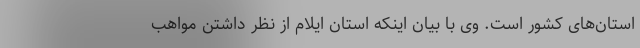
استان‌های کشور است. وی با بیان اینکه استان ایلام از نظر داشتن مواهب